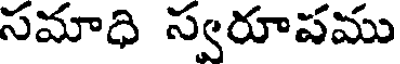
సమాధి స్వరూపము